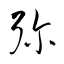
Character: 弥